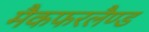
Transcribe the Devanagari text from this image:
मैकफरलैण्ड